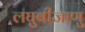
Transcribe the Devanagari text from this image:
लघुबीजाणु